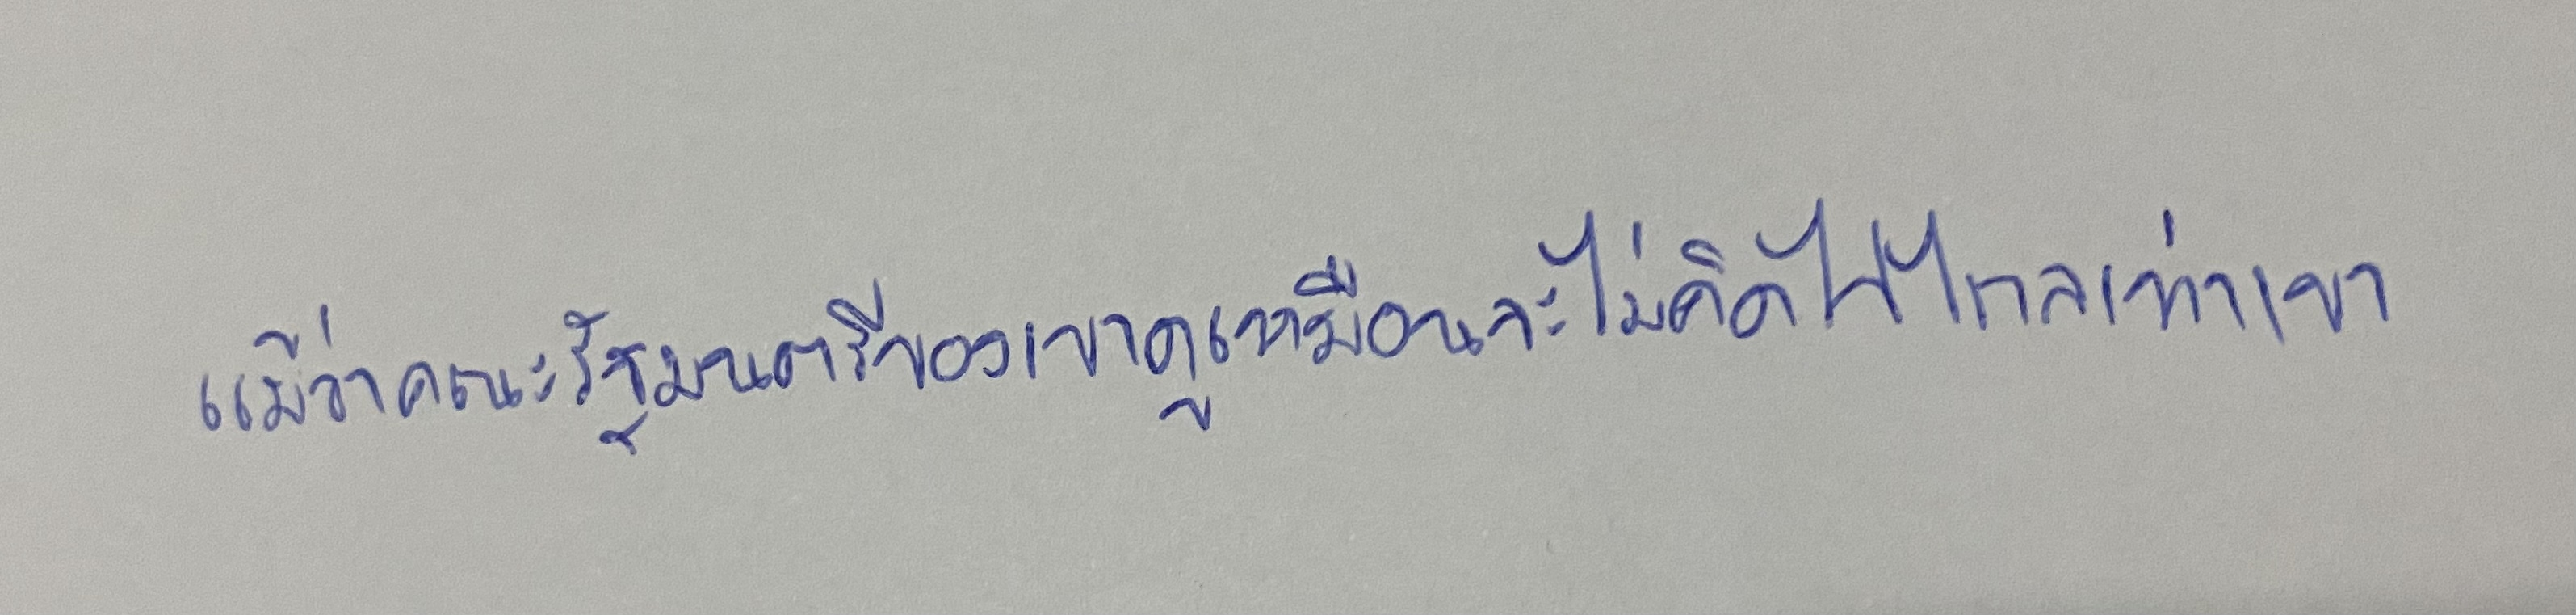
แม้ว่าคณะรัฐมนตรีของเขาดูเหมือนจะไม่คิดไปไกลเท่าเขา